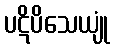
ပဋိပိသေယျုံ